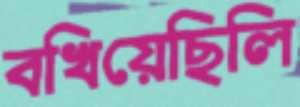
বখিয়েছিলি